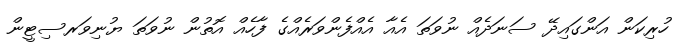
ހުރިކަން އަންގައިދޭ ސަނަދެއް ނުވަތަ އެއާ އެއްފެންވަރެއްގެ ފާހެއް އޮތުން ނުވަތަ ޔުނިވަރސިޓީން